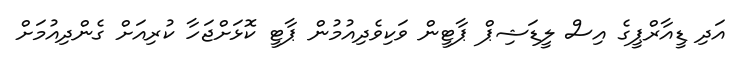
އަދި ޑީއާރްޕީގެ އިސް ލީޑަޝިޕް ޕާޓީން ވަކިވެދިއުމުން ޕާޓީ ކޮޅަށްޖަހާ ކުރިއަށް ގެންދިއުމަށް